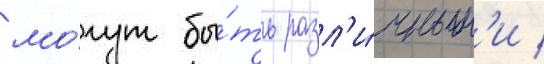
мо́гут бы́ть разл'и́чным'и /